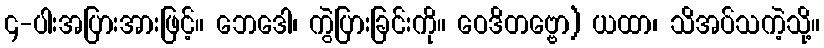
၄-ပါးအပြားအားဖြင့်။ ဘေဒေါ၊ ကွဲပြားခြင်းကို။ ဝေဒိတဗ္ဗော) ယထာ၊ သိအပ်သကဲ့သို့။